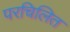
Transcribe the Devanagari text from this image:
परचिलित